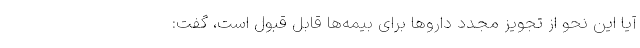
آیا این نحو از تجویز مجدد داروها برای بیمه‌ها قابل قبول است، گفت: